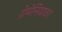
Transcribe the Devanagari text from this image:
रोमेनियावर